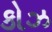
કોઝ